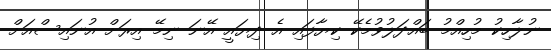
ނުލާހިކު މުހިއްމު ބައްދަލުވުމެކޭ ކިޔާފައި އެ ދިޔައީ އޭނަ ނިމޭ އިރަށް އުނައިސްއަށް